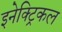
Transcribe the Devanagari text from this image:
इनेक्‍ट्रिकल